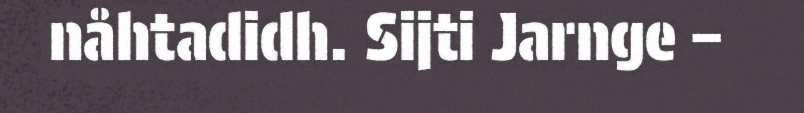
nåhtadidh. Sijti Jarnge –